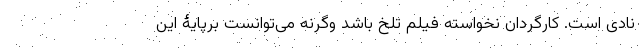
نادی است. کارگردان نخواسته فیلم تلخ باشد وگرنه می‌توانست برپایۀ این